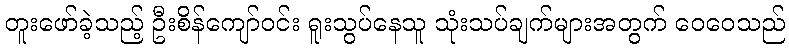
တူးဖော်ခဲ့သည့် ဦးစိန်ကျော်ဝင်း ရူးသွပ်နေသူ သုံးသပ်ချက်များအတွက် ဝေဝေသည်